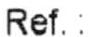
REF. :